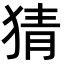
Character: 猜